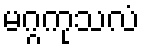
မဂ္ဂကုသလံ